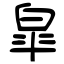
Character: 皐